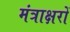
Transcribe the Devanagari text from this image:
मंत्राक्षरों